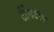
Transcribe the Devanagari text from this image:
टेंगिटॉस